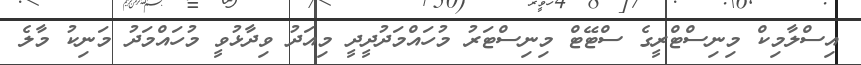
އިސްލާމިކް މިނިސްޓްރީގެ ސްޓޭޓް މިނިސްޓަރު މުހައްމަދުދީދީ މިއަދު ވިދާޅުވީ މުހައްމަދު މަނިކު މާލެ